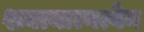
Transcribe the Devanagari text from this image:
शक्त्यात्मत्वेन